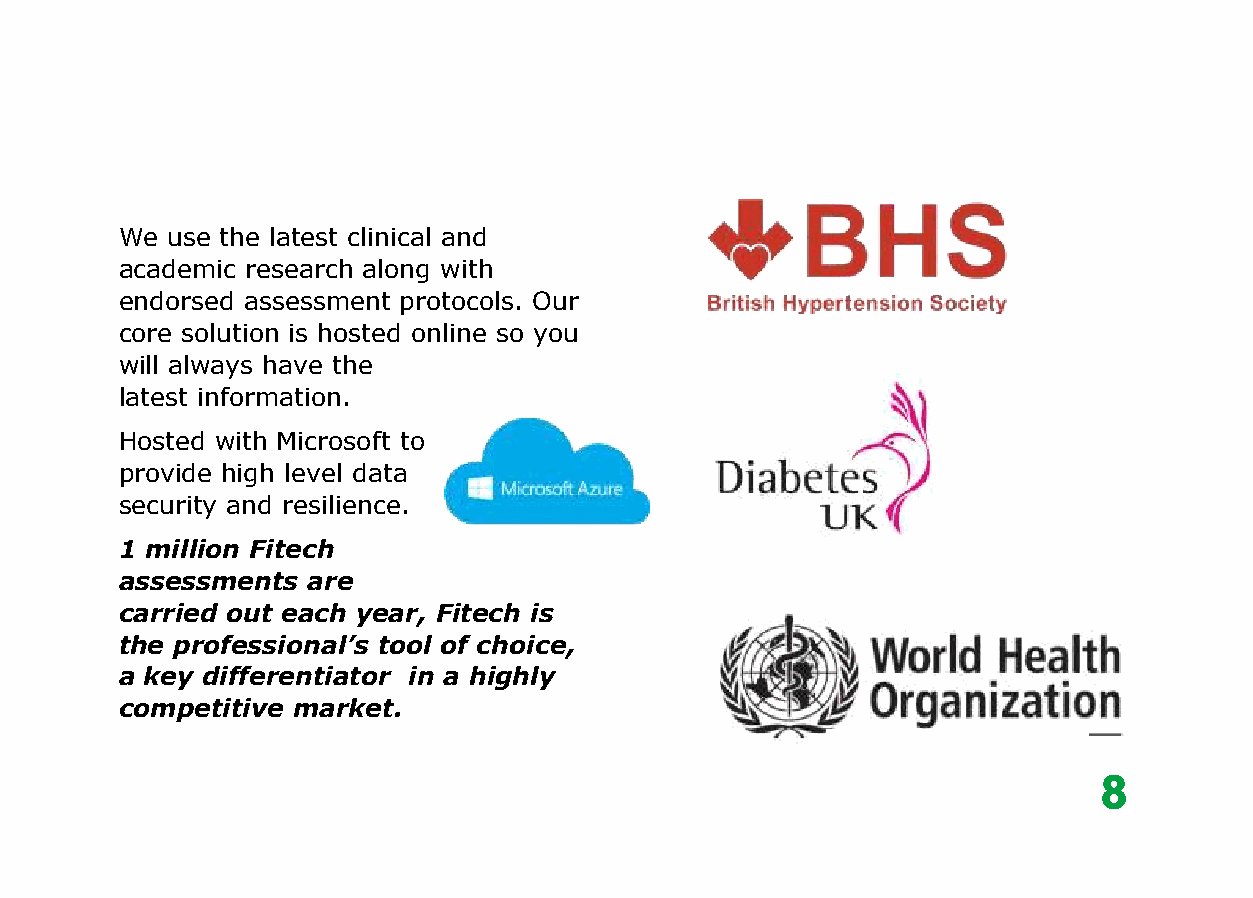
We use the latest clinical and
 academic research along with
 endorsed assessment protocols. Our
 core solution is hosted online so you
 will always have the
 latest information.
 Hosted with Microsoft to
 provide high level data
 security and resilience.
 1 million Fitech
 assessments are
 carried out each year, Fitech is
 the professional’s tool of choice,
 a key differentiator in a highly
 competitive market.
 8